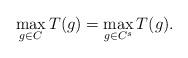
LaTeX: \begin{align*}\max_{g\in C}T(g)=\max_{g\in C^{s}}T(g).\end{align*}